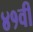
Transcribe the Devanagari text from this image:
४१वीं